Sanitation, dispensaries and jails vaccination Rajputana 1922-1927 - 1922-1927
Year: 1922
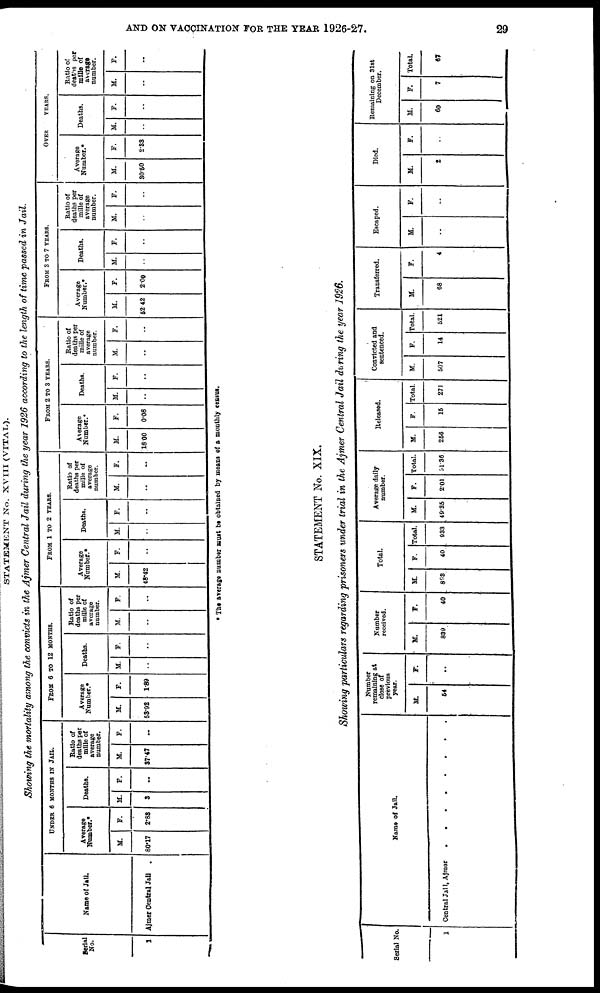
AND ON VACCINATION FOR THE YEAR 1926-27.
29
STATEMENT No. XVIII (VITAL).
Showing the mortality among the convicts in the Ajmer Central Jail during the year 1926 according to the length of time passed in Jail.
Serial
No.
1
Name of Jail.
Ajmer Central Jail .
UNDER 6 MONTHS IN JAIL.
Average
Number.*
M.
80.17
F.
2.88
Deaths.
M.
3
F.
..
Ratio of
deaths per
mille of
average
number.
M.
37.47
F.
..
FROM 6 TO 12 MONTHS.
Average
Number.*
M.
53.92
F.
1.89
Deaths.
M.
..
F.
..
Ratio of
deaths per
mille of
average
number.
M.
..
F.
..
FROM 1 TO 2 YEARS.
Average
Number.*
M.
48.42
F.
..
Deaths.
M.
..
F.
..
Ratio of
deaths per
mille of
average
number.
M.
..
F.
..
FROM 2 TO 3 YEARS.
Average
Number.*
M.
18.00
F.
0.08
Deaths.
M.
..
F.
..
Ratio of
deaths per
mille of
average
number.
M.
..
F.
..
FROM 3 TO 7 YEARS.
Average
Number.*
M.
52.42
F.
2.00
Deaths.
M.
..
F.
..
Ratio of
deaths per
mille of
average
number.
M.
..
F.
..
OVER
YEARS.
Average
Number.*
M.
30.50
F.
2.33
Deaths.
M.
..
F.
..
Ratio of
deaths per
mille of
average
number.
M.
..
F.
..
* The average number must be obtained by means of a monthly census.
STATEMENT No. XIX.
Showing particulars regarding prisoners under trial in the Ajmer Central Jail during the year 1926.
Serial No.
1
Name of Jail.
Center Jail Ajmer . . . . . .
Number
remaining at
close of
previous
year.
M.
54
F.
..
Number
received.
M.
839
F.
40
Total.
M.
898
F.
40
Total.
933
Average daily
number.
M.
49.35
F.
2.01
Total.
51.36
Released.
M.
256
F.
15
Total.
271
Convicted and
sentenced.
M.
507
F.
14
Total.
521
Transferred.
M.
68
F.
4
Escaped.
M.
..
F.
..
Died.
M.
2
F.
..
Remaining on 31st
December.
M.
60
F.
7
Total.
67